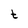
Character: t